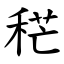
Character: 䅒